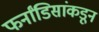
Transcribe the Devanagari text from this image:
फर्नांडिसांकडून